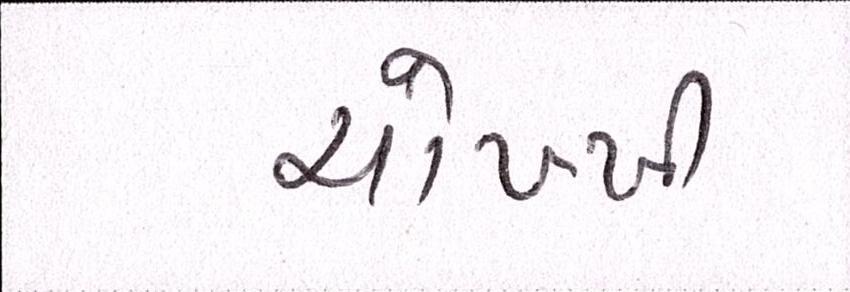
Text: ચોખ્ખી